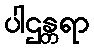
ပါဌန္တရာ